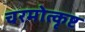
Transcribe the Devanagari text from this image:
चरमोत्कृष्ट